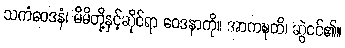
သကံဝေဒနံ၊ မိမိတို့နှင့်ဆိုင်ရာ ဝေဒနာကို။ အာကဍ္ဎတိ၊ ဆွဲငင်၏။